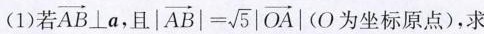
(1)若\overrightarrow{AB} \bot a ，且 $$| \overrightarrow { A B } | = \sqrt{ 5 } | \overrightarrow { O A } |$$(O 坐标原点)，求